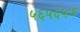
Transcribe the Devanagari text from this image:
५६५६५७